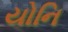
યોનિ